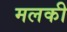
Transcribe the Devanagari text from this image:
मलकी